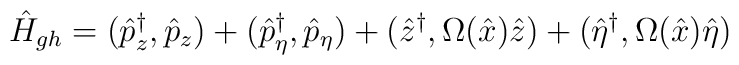
\hat H_{gh}=(\hat p_z^\dagger,\hat p_z) +(\hat p_\eta^\dagger,\hat p_\eta) +(\hat z^\dagger,\Omega(\hat x)\hat z) +(\hat \eta^\dagger,\Omega(\hat x)\hat\eta)